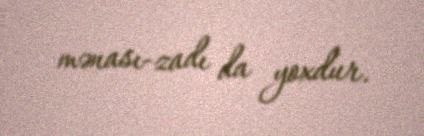
mənası-zadı da yoxdur.